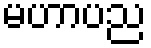
မဟာပည